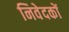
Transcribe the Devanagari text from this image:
निवेदकों